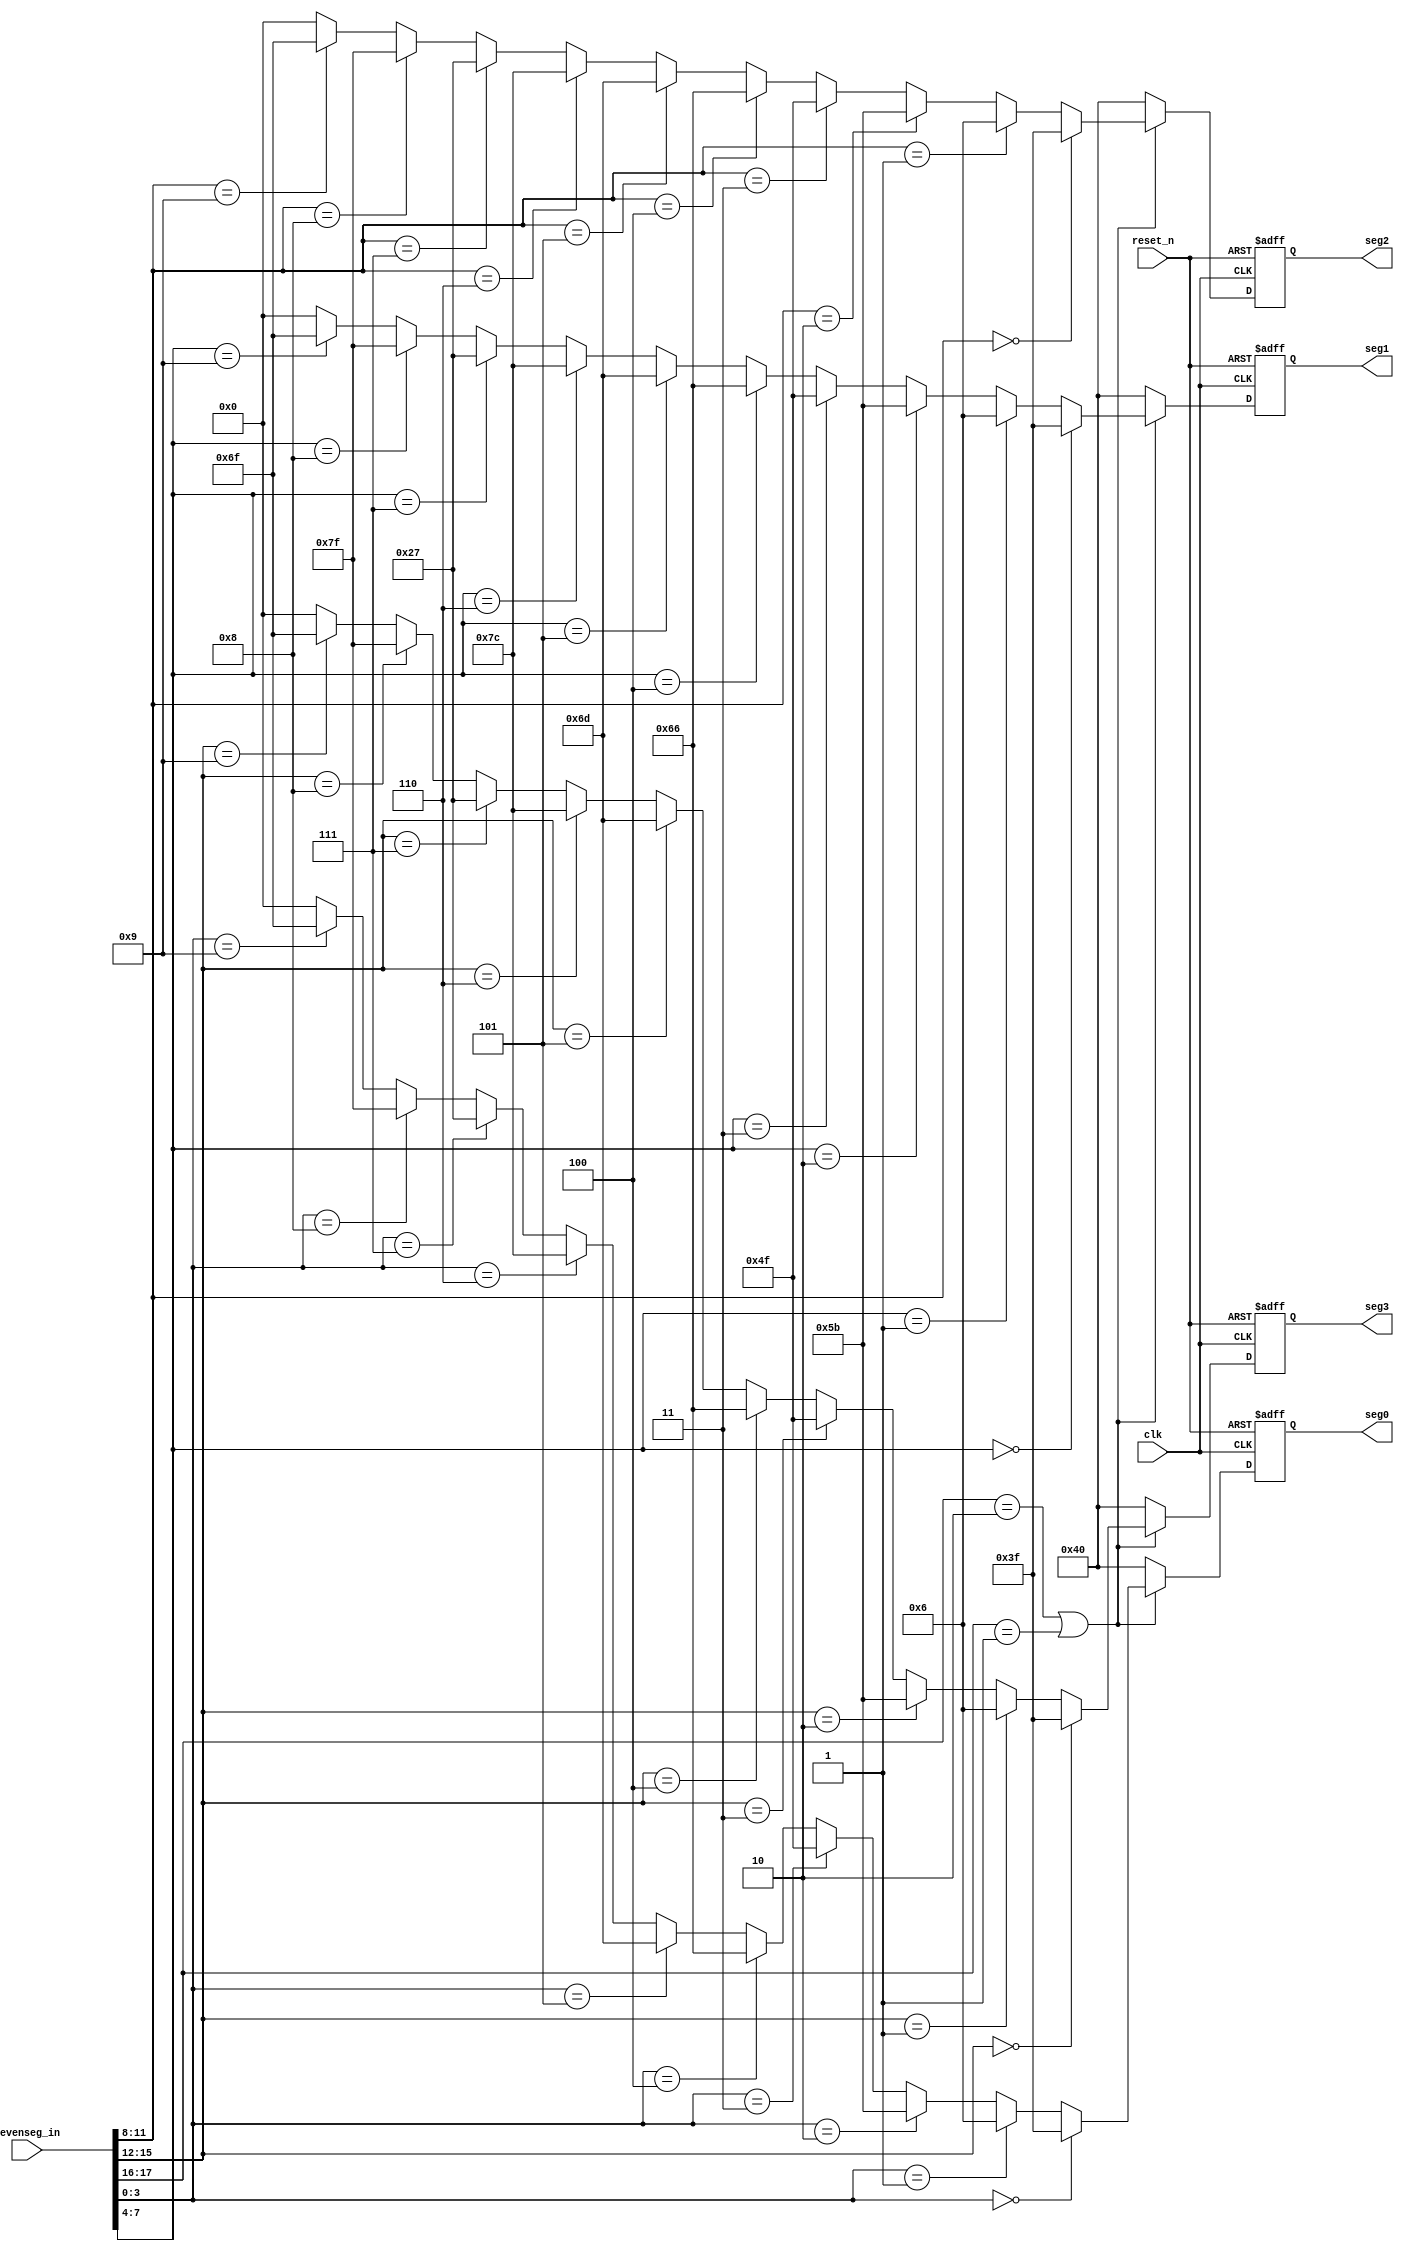
//Kang HB
`timescale 1ns / 1ps

module sseg(

input clk,
input reset_n,
input [17:0]sevenseg_in,
output reg [6:0]   seg0,
output reg [6:0]   seg1,
output reg [6:0]   seg2,
output reg [6:0]   seg3
);

localparam d0 = 4'd0;
localparam d1 = 4'd1;
localparam d2 = 4'd2;
localparam d3 = 4'd3;    
localparam d4 = 4'd4;
localparam d5 = 4'd5;
localparam d6 = 4'd6;
localparam d7 = 4'd7;
localparam d8 = 4'd8;
localparam d9 = 4'd9;

localparam n0 = 7'b011_1111;
localparam n1 = 7'b000_0110;
localparam n2 = 7'b101_1011;
localparam n3 = 7'b100_1111;    
localparam n4 = 7'b110_0110;
localparam n5 = 7'b110_1101;
localparam n6 = 7'b111_1100;
localparam n7 = 7'b010_0111;
localparam n8 = 7'b111_1111;
localparam n9 = 7'b110_1111;
localparam nl = 7'b000_0000;
localparam no = 7'b100_0000;

//reg seg0w, seg1w, seg2w, seg3w;

always @ (posedge clk or negedge reset_n)begin
    if(!reset_n)begin
        seg0<=no;
        seg1<=no;
        seg2<=no;
        seg3<=no;
    end
    else if (sevenseg_in[17:16]==2'b10||sevenseg_in[17:16]==2'b01)begin
        if (sevenseg_in[3:0]==d0)
            seg0<=n0;
        else if(sevenseg_in[3:0]==d1)
            seg0<=n1;
        else if(sevenseg_in[3:0]==d2)
            seg0<=n2;
        else if(sevenseg_in[3:0]==d3)
            seg0<=n3;
        else if(sevenseg_in[3:0]==d4)
            seg0<=n4;
        else if(sevenseg_in[3:0]==d5)
            seg0<=n5;
        else if(sevenseg_in[3:0]==d6)
            seg0<=n6;
        else if(sevenseg_in[3:0]==d7)
            seg0<=n7;
        else if(sevenseg_in[3:0]==d8)
            seg0<=n8;
        else if(sevenseg_in[3:0]==d9)
            seg0<=n9;
        else
            seg0<=nl;
        ///
        if (sevenseg_in[7:4]==d0)
            seg1<=n0;
        else if(sevenseg_in[7:4]==d1)
            seg1<=n1;
        else if(sevenseg_in[7:4]==d2)
            seg1<=n2;
        else if(sevenseg_in[7:4]==d3)
            seg1<=n3;
        else if(sevenseg_in[7:4]==d4)
            seg1<=n4;
        else if(sevenseg_in[7:4]==d5)
            seg1<=n5;
        else if(sevenseg_in[7:4]==d6)
            seg1<=n6;
        else if(sevenseg_in[7:4]==d7)
            seg1<=n7;
        else if(sevenseg_in[7:4]==d8)
            seg1<=n8;
        else if(sevenseg_in[7:4]==d9)
            seg1<=n9;
        else
            seg1<=nl;      
///
        if (sevenseg_in[11:8]==d0)
            seg2<=n0;
        else if(sevenseg_in[11:8]==d1)
            seg2<=n1;
        else if(sevenseg_in[11:8]==d2)
            seg2<=n2;
        else if(sevenseg_in[11:8]==d3)
            seg2<=n3;
        else if(sevenseg_in[11:8]==d4)
            seg2<=n4;
        else if(sevenseg_in[11:8]==d5)
            seg2<=n5;
        else if(sevenseg_in[11:8]==d6)
            seg2<=n6;
        else if(sevenseg_in[11:8]==d7)
            seg2<=n7;
        else if(sevenseg_in[11:8]==d8)
            seg2<=n8;
        else if(sevenseg_in[11:8]==d9)
            seg2<=n9;
        else
            seg2<=nl;   
///
        if (sevenseg_in[15:12]==d0)
            seg3<=n0;
        else if(sevenseg_in[15:12]==d1)
            seg3<=n1;
        else if(sevenseg_in[15:12]==d2)
            seg3<=n2;
        else if(sevenseg_in[15:12]==d3)
            seg3<=n3;
        else if(sevenseg_in[15:12]==d4)
            seg3<=n4;
        else if(sevenseg_in[15:12]==d5)
            seg3<=n5;
        else if(sevenseg_in[15:12]==d6)
            seg3<=n6;
        else if(sevenseg_in[15:12]==d7)
            seg3<=n7;
        else if(sevenseg_in[15:12]==d8)
            seg3<=n8;
        else if(sevenseg_in[15:12]==d9)
            seg3<=n9;
        else
            seg3<=nl;                                                           
    end
    else begin
        seg0<=no;
        seg1<=no;
        seg2<=no;
        seg3<=no;
    end
end

//always@(*)begin
//    case(sevenseg_in[3:0])
//    d0 : seg0w=n1;
//    d1 : seg0w=n1;
//    d2 : seg0w=n1;
//    d3 : seg0w=n1;
//    d4 : seg0w=n1;
//    d5 : seg0w=n1;
//    d6 : seg0w=n1;
//    d7 : seg0w=n1;
//    d8 : seg0w=n1;
//    d9 : seg0w=n1;
//    default : seg0w=n1;
//    endcase
//end
//always@(*)begin
//    case(sevenseg_in[7:4])
//    d0 : seg1w=n1;
//    d1 : seg1w=n1;
//    d2 : seg1w=n1;
//    d3 : seg1w=n1;
//    d4 : seg1w=n1;
//    d5 : seg1w=n1;
//    d6 : seg1w=n1;
//    d7 : seg1w=n1;
//    d8 : seg1w=n1;
//    d9 : seg1w=n1;
//    default : seg1w=n1;
//    endcase
//end

//always@(*)begin
    
//    case(sevenseg_in[11:8])
//    d0 : seg2w=n1;
//    d1 : seg2w=n1;
//    d2 : seg2w=n1;
//    d3 : seg2w=n1;
//    d4 : seg2w=n1;
//    d5 : seg2w=n1;
//    d6 : seg2w=n1;
//    d7 : seg2w=n1;
//    d8 : seg2w=n1;
//    d9 : seg2w=n1;
//    default : seg2w=n1;
//    endcase
//end

//always@(*)begin    
//    case(sevenseg_in[15:12])
//    d0 : seg3w=n1;
//    d1 : seg3w=n1;
//    d2 : seg3w=n1;
//    d3 : seg3w=n1;
//    d4 : seg3w=n1;
//    d5 : seg3w=n1;
//    d6 : seg3w=n1;
//    d7 : seg3w=n1;
//    d8 : seg3w=n1;
//    d9 : seg3w=n1;
//    default : seg3w=n1;
//    endcase
//end
/////////////////////////////////////////backup
//always@(*)begin
//    case(sevenseg_in[3:0])
//    d0 : seg0w=n0;
//    d1 : seg0w=n1;
//    d2 : seg0w=n2;
//    d3 : seg0w=n3;
//    d4 : seg0w=n4;
//    d5 : seg0w=n5;
//    d6 : seg0w=n6;
//    d7 : seg0w=n7;
//    d8 : seg0w=n8;
//    d9 : seg0w=n9;
//    default : seg0w=nl;
//    endcase
//end
//always@(*)begin
//    case(sevenseg_in[7:4])
//    d0 : seg1w=n0;
//    d1 : seg1w=n1;
//    d2 : seg1w=n2;
//    d3 : seg1w=n3;
//    d4 : seg1w=n4;
//    d5 : seg1w=n5;
//    d6 : seg1w=n6;
//    d7 : seg1w=n7;
//    d8 : seg1w=n8;
//    d9 : seg1w=n9;
//    default : seg1w=nl;
//    endcase
//end

//always@(*)begin
    
//    case(sevenseg_in[11:8])
//    d0 : seg2w=n0;
//    d1 : seg2w=n1;
//    d2 : seg2w=n2;
//    d3 : seg2w=n3;
//    d4 : seg2w=n4;
//    d5 : seg2w=n5;
//    d6 : seg2w=n6;
//    d7 : seg2w=n7;
//    d8 : seg2w=n8;
//    d9 : seg2w=n9;
//    default : seg2w=nl;
//    endcase
//end

//always@(*)begin    
//    case(sevenseg_in[15:12])
//    d0 : seg3w=n0;
//    d1 : seg3w=n1;
//    d2 : seg3w=n2;
//    d3 : seg3w=n3;
//    d4 : seg3w=n4;
//    d5 : seg3w=n5;
//    d6 : seg3w=n6;
//    d7 : seg3w=n7;
//    d8 : seg3w=n8;
//    d9 : seg3w=n9;
//    default : seg3w=nl;
//    endcase
//end

endmodule